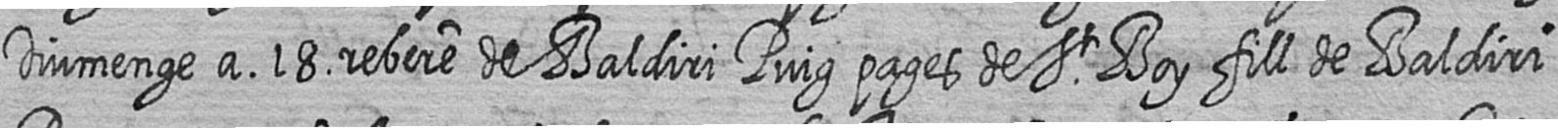
Diumenge a 18 rebere de Baldiri Puig pages de St Boy fill de Baldiri